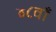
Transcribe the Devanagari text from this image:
४८वाँ